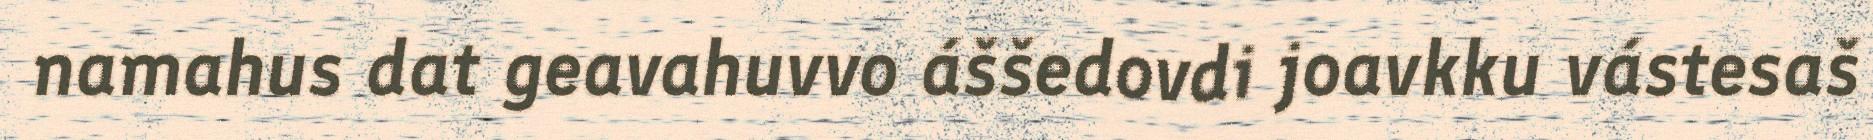
namahus dat geavahuvvo áššedovdi joavkku vástesaš